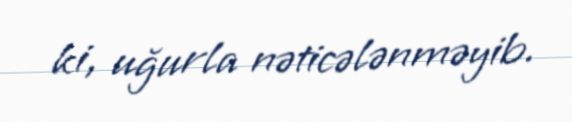
ki, uğurla nəticələnməyib.